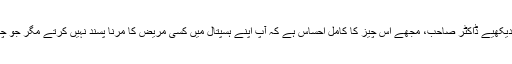
آپ میری طرف اس طرح نہ دیکھیے ڈاکٹر صاحب، مجھے اس چیز کا کامل احساس ہے کہ آپ اپنے ہسپتال میں کسی مریض کا مرنا پسند نہیں کرتے مگر جو چیز اٹل ہے وہ ہوکے رہے گی۔